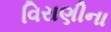
વિરાણીના